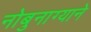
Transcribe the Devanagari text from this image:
नोबुनाग्याने